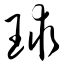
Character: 球